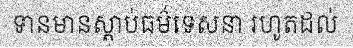
ទានមានស្តាប់ធម៌ទេសនា រហូតដល់